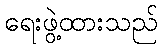
ရေးဖွဲ့ထားသည်